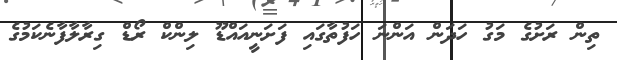
ތިން ރަށުގެ މަގު ހަދަން އަންނަ ހަފުތާގައި ފަށަނީއައްޑޫ ލިންކް ރޯޑް ގިރާލާފާނެކަމުގެ